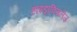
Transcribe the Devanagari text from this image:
हाइड्राक्सिलेज़